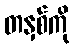
တနှစ်ကို